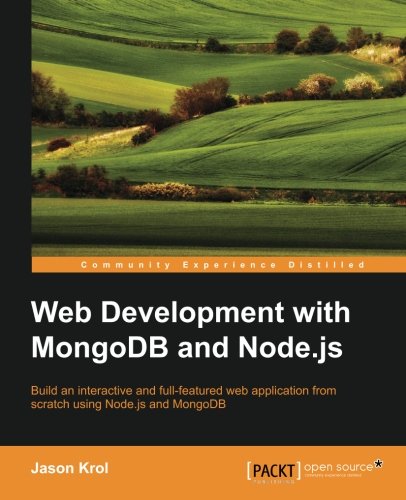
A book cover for Web Development with MongoDB and Node.js; Jason Krol; Computers & Technology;